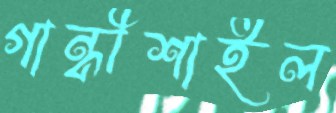
গান্ধীশাইল